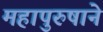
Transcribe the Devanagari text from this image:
महापुरुषाने